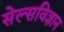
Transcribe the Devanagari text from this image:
सेल्सविज्ञान